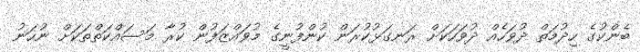
ބެންކުގެ ހިދުމަތް ދުވަހެއް ދުވަހަކަށް ރަނގަޅުކުރަން ކުންފުނީގެ މުވައްޒަފުން ކުރާ މަސައްކަތްތަކަށް ނުހަނު